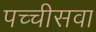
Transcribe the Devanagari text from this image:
पच्चीसवा